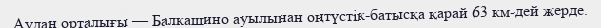
Аудан орталығы — Балкашино ауылынан оңтүстік-батысқа қарай 63 км-дей жерде.